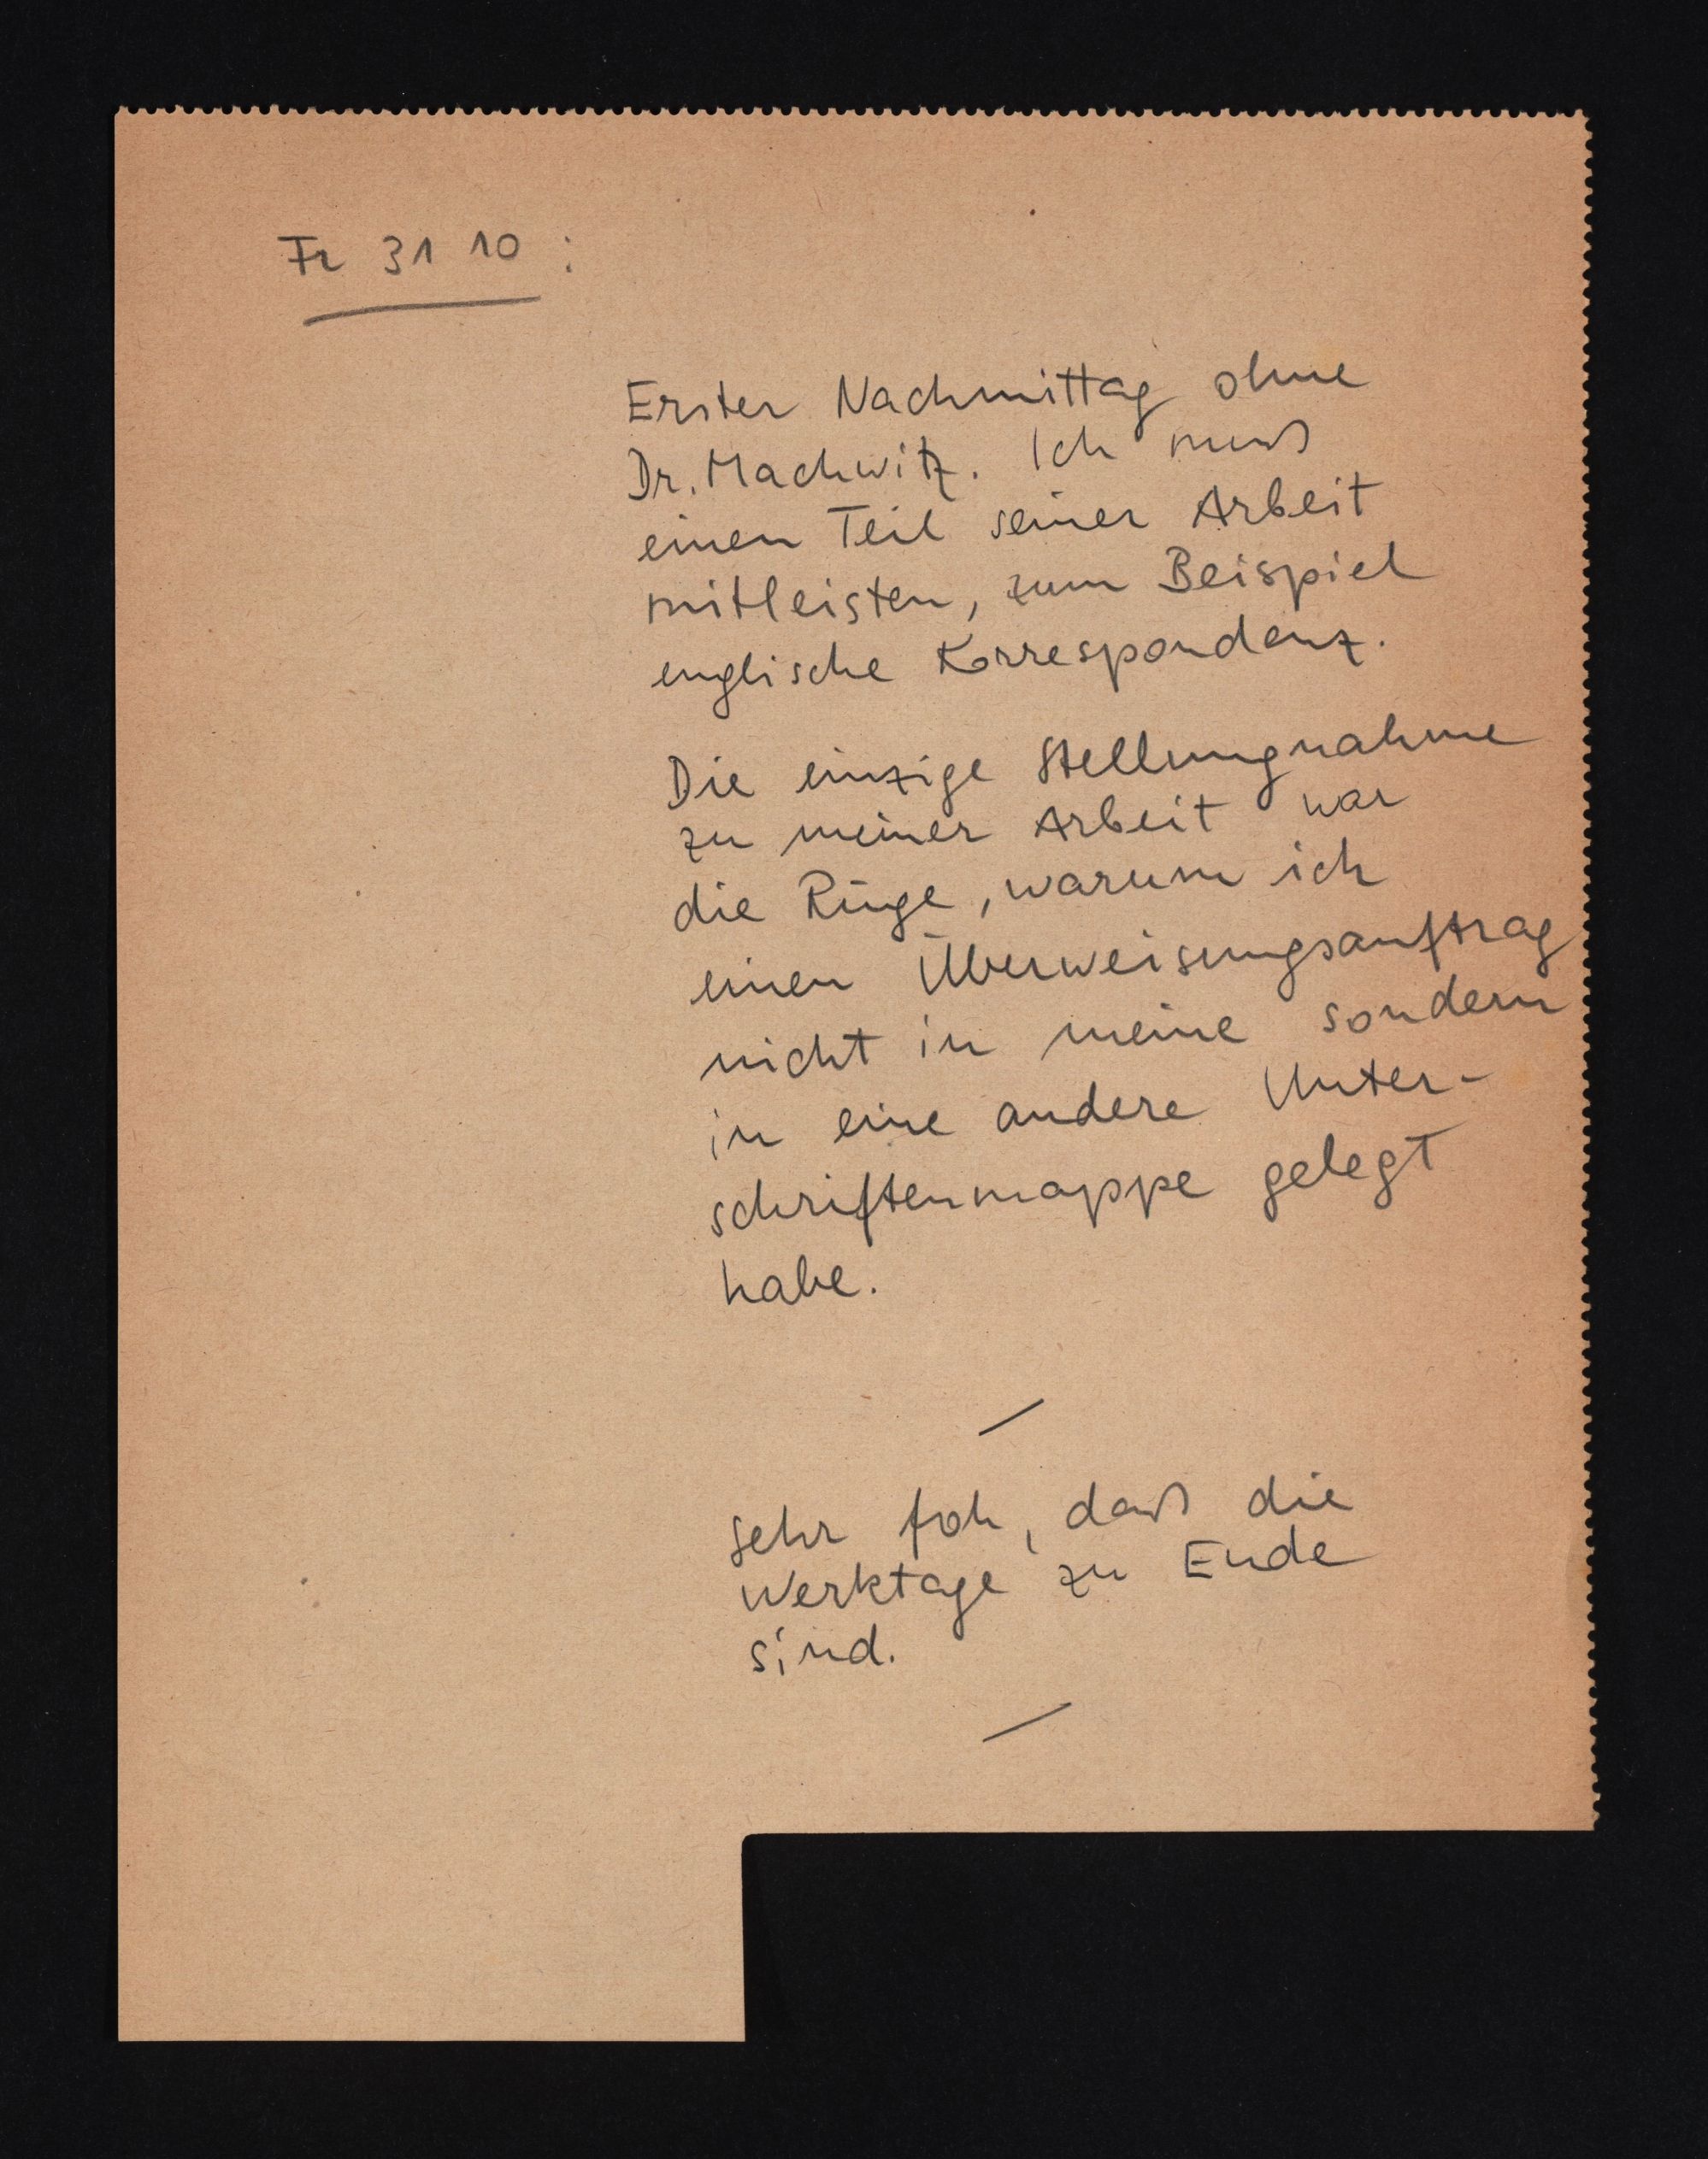
Fr 31 10:
Erster Nachmittag ohne
Dr. Machwitz. Ich muß
einen Teil seiner Arbeit
mitleisten, zum Beispiel
englische Korrespondenz.
Die einzige Stellungnahme
zu meiner Arbeit war
die Rüge, warum ich
einen Überweisungsauftrag
nicht in meine sondern
in eine andere Unter¬
schriftenmappe gelegt
habe.
Sehr foh, das die
Werktage zu Ende
sind.